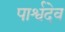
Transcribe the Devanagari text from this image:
पार्श्वदेव